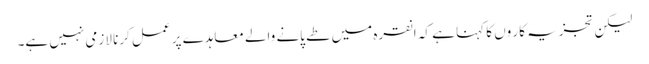
لیکن تجزیہ کار وں کا کہنا ہے کہ انقرہ میں طے پانے والے معاہدے پر عمل کرنا لازمی نہیں ہے۔